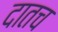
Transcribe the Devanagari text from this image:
दातच